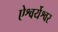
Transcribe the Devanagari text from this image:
ऐश्वर्येश्वर